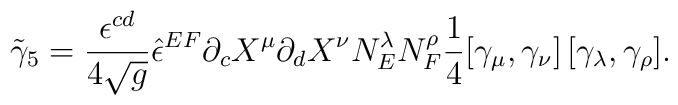
{\tilde  \gamma_5} = {\epsilon^{c d} \over 4 \sqrt{g}} {\hat  \epsilon^{E F}} \partial_c X^\mu \partial_d X^\nu N^\lambda_E  N^\rho_F \frac 14 [\gamma_\mu, \gamma_\nu] \, [\gamma_\lambda,  \gamma_\rho].